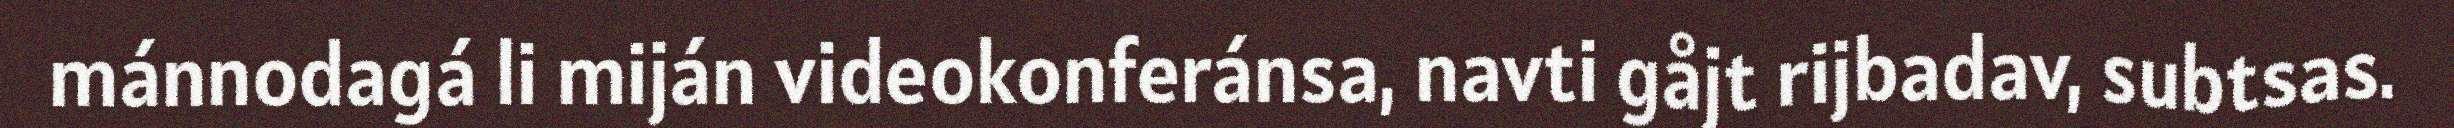
mánnodagá li miján videokonferánsa, navti gåjt rijbadav, subtsas.